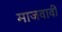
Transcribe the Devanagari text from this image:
माजवावी